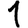
Digit: 1